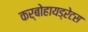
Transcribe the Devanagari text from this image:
कर्बोहायड्रेटस